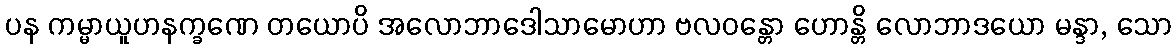
ပန ကမ္မာယူဟနက္ခဏေ တယောပိ အလောဘာဒေါသာမောဟာ ဗလဝန္တော ဟောန္တိ လောဘာဒယော မန္ဒာ, သော